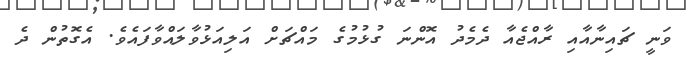
ވަނީ ޗައިނާއާއި ރާއްޖެއާ ދެމެދު އޮންނަ ގުޅުމުގެ މައްޗަށް އަލިއަޅުވާލައްވާފައެވެ. އެގޮތުން ދެ